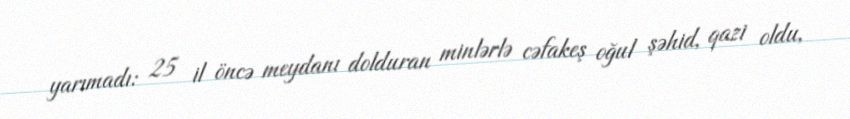
yarımadı: 25 il öncə meydanı dolduran minlərlə cəfakeş oğul şəhid, qazi oldu,